Medical and sanitary report of the native army of Madras for the year
Year: 1878
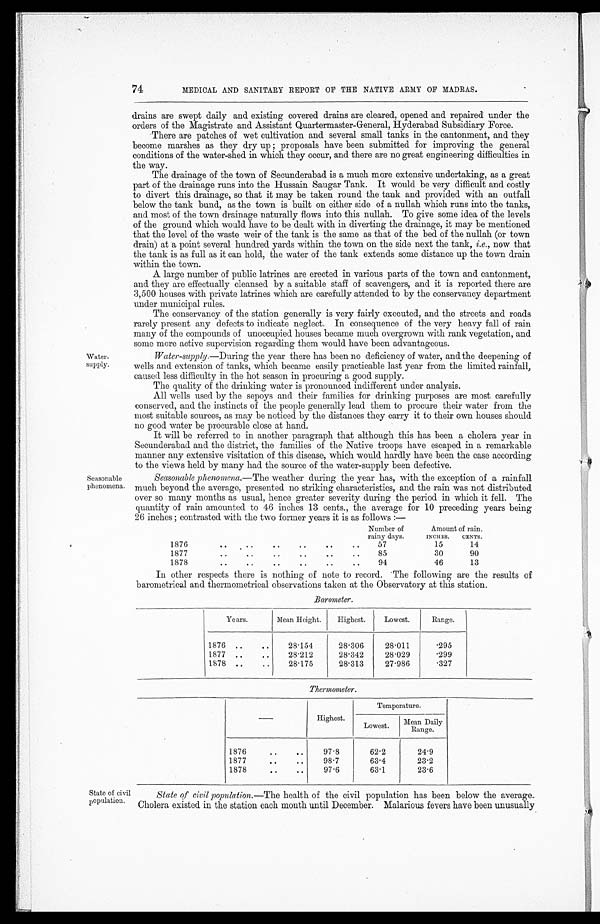
74
MEDICAL AND SANITARY REPORT OF THE NATIVE ARMY OF MADRAS.
Water-
supply.
Seasonable.
phenomena.
drains are swept daily and existing covered drains are cleared, opened and repaired under the
orders of the Magistrate and Assistant Quartermaster-General, Hyderabad Subsidiary Force.
There are patches of wet cultivation and several small tanks in the cantonment, and they
become marshes as they dry up ; proposals have been submitted for improving the general
conditions of the water-shed in which they occur, and there are no great engineering difficulties in
the way.
The drainage of the town of Secunderabad is a much more extensive undertaking, as a great
part of the drainage runs into the Hussain Saugar Tank. It would be very difficult and costly
to divert this drainage, so that it may be taken round the tank and provided with an outfall
below the tank bund, as the town is built on either side of a nullah which runs into the tanks,
and most of the town drainage naturally flows into this nullah. To give some idea of the levels
of the ground which would have to be dealt with in diverting the drainage, it may be mentioned
that the level of the waste weir of the tank is the same as that of the bed of the nullah (or town
drain) at a point several hundred yards within the town on the side next the tank, i.e., now that
the tank is as full as it can hold, the water of the tank extends some distance up the town drain
within the town.
A large number of public latrines are erected in various parts of the town and cantonment,
and they are effectually cleansed by a suitable staff of scavengers, and it is reported there are
3,500 houses with private latrines which are carefully attended to by the conservancy department
under municipal rules.
The conservancy of the station generally is very fairly executed, and the streets and roads
rarely present any defects to indicate neglect. In consequence of the very heavy fall of rain
many of the compounds of unoccupied houses became much overgrown with rank vegetation, and
some more active supervision regarding them would have been advantageous.
Water-supply.—During the year there has been no deficiency of water, and the deepening of
wells and extension of tanks, which became easily practicable last year from the limited rainfall,
caused less difficulty in the hot season in procuring a good supply.
The quality of the thinking water is pronounced indifferent under analysis.
All wells used by the sepoys and their families for drinking purposes are most carefully
conserved, and the instincts of the people generally lead them to procure their water from the
most suitable sources, as may be noticed by the distances they carry it to their own houses should
no good water be procurable close at hand.
It will be referred to in another paragraph that although this has been a cholera year in
Secunderabad and the district, the families of the Native troops have escaped in a remarkable
manner any extensive visitation of this disease, which would hardy have been the case according
to the views held by many had the source of the water-supply been defective.
Seasonable phenomena.— The weather during the year has, with the exception of a rainfall
much beyond the average, presented no striking characteristics, and the rain was not distributed
over so many months as usual, hence greater severity during the period in which it fell. The
quantity of rain amounted to 46 inches 13 cents., the average for 10 preceding years being
26 inches ; contrasted with the two former years it is as follows :—
State of civil
population.
Number of
rainy days.
Amount of rain.
INCHES. CENTS.
1876
. .
. .
. .
. .
. .
..57
15
14
18 77
1877
. . . .
. .
..
..
..
85
30
90
1878
. .
..
. .
. .
..
..
94
46
13
In other respects there is nothing of note to record. The following are the results of
barometrical and thermometrical observations taken at the Observatory at this station.
Barometer.
Years.
Mean Height.
Highest.
Lowest.
Range.
1876 ..
..
28.154
28.306
28.011
.295
1877 ..
..
28.212
28.342
28.029
.299
1878 ..
..
28.175
28.313
27.986
.327
Thermometer.
-
Highest.
Temperature.
Lowest. Mean Daily
Range.
1876
..
..
97.8
62.2
24.9
1877
. .
..
98.7
63.4
23.2
1878
. .
..
97.6 I 63 . 1
23.6
State of civil popnlation.— The health of the civil population has been below the average.
Cholera existed in the station each month until December. Malarious fevers have been unusually